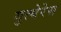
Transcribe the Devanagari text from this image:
गुत्येरेस